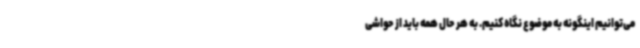
می‌توانیم اینگونه به موضوع نگاه کنیم. به هر حال همه باید از حواشی